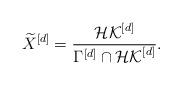
LaTeX: \begin{align*}\widetilde{X}^{[d]}=\frac{\mathcal{HK}^{[d]}}{\Gamma^{[d]}\cap \mathcal{HK}^{[d]}}.\end{align*}